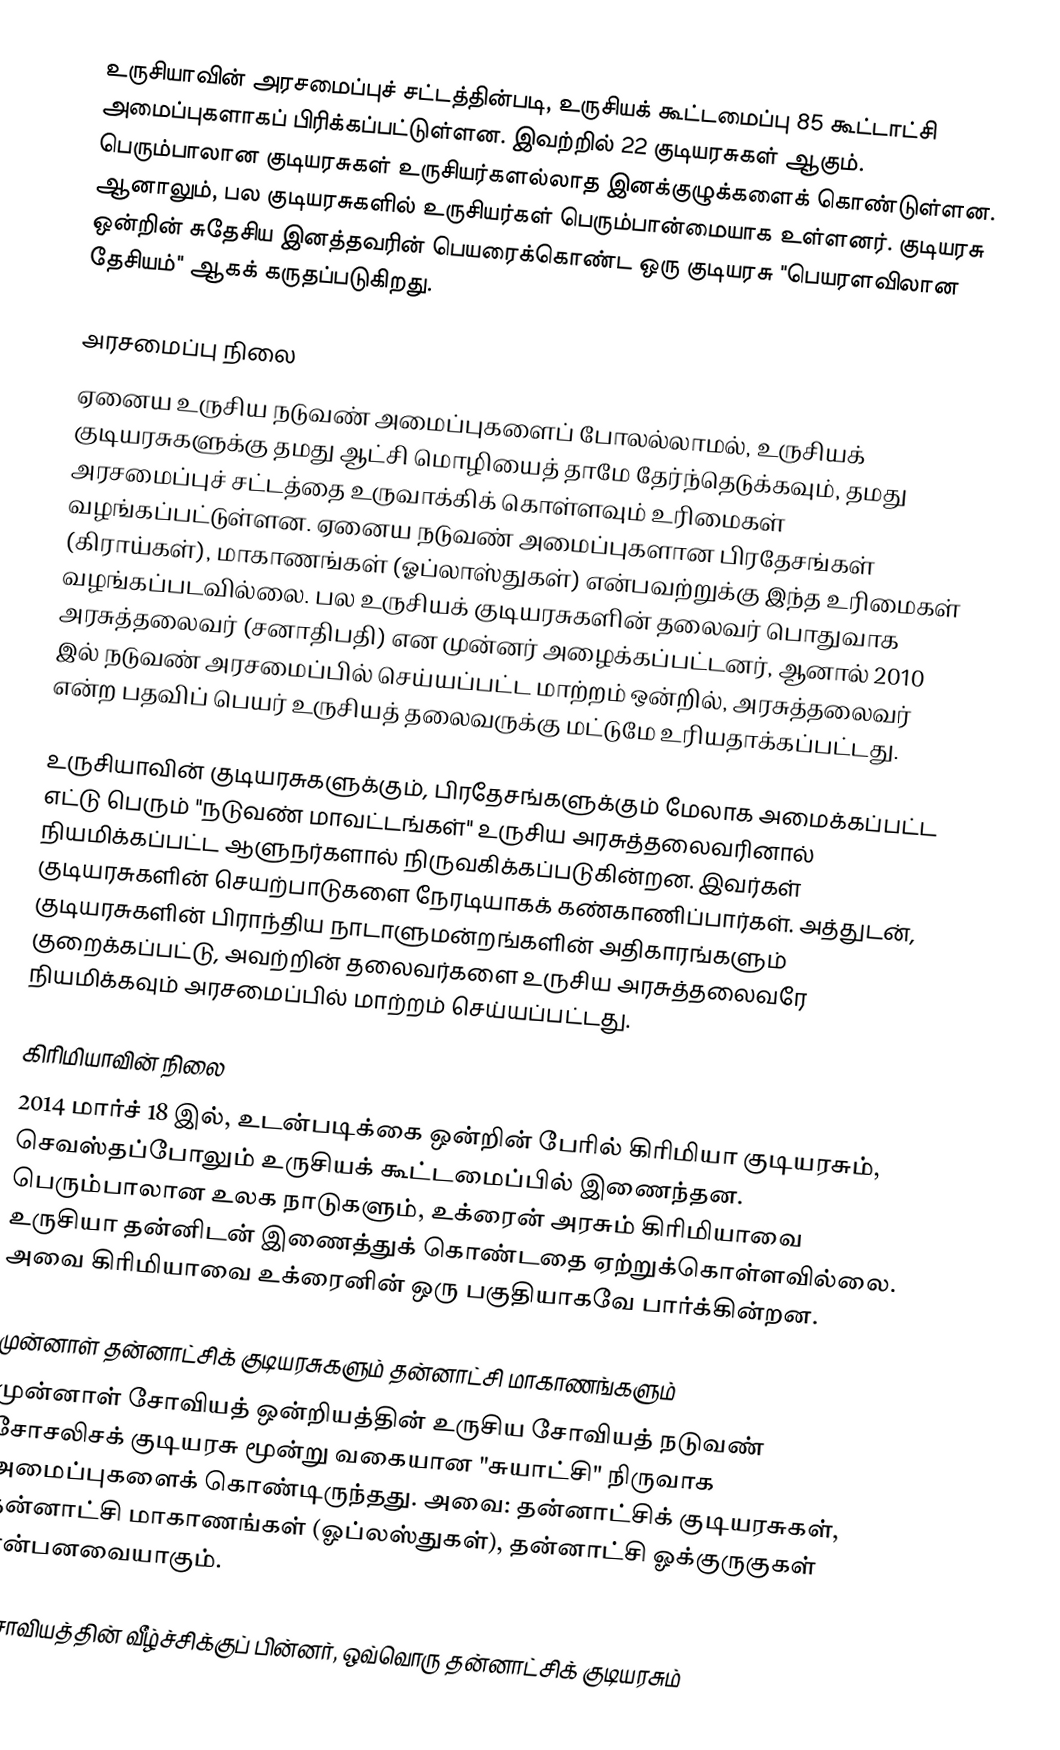
உருசியாவின் அரசமைப்புச் சட்டத்தின்படி, உருசியக் கூட்டமைப்பு 85 கூட்டாட்சி அமைப்புகளாகப் பிரிக்கப்பட்டுள்ளன. இவற்றில் 22 குடியரசுகள் ஆகும். பெரும்பாலான குடியரசுகள் உருசியர்களல்லாத இனக்குழுக்களைக் கொண்டுள்ளன. ஆனாலும், பல குடியரசுகளில் உருசியர்கள் பெரும்பான்மையாக உள்ளனர். குடியரசு ஒன்றின் சுதேசிய இனத்தவரின் பெயரைக்கொண்ட ஒரு குடியரசு "பெயரளவிலான தேசியம்" ஆகக் கருதப்படுகிறது.

அரசமைப்பு நிலை
ஏனைய உருசிய நடுவண் அமைப்புகளைப் போலல்லாமல், உருசியக் குடியரசுகளுக்கு தமது ஆட்சி மொழியைத் தாமே தேர்ந்தெடுக்கவும், தமது அரசமைப்புச் சட்டத்தை உருவாக்கிக் கொள்ளவும் உரிமைகள் வழங்கப்பட்டுள்ளன. ஏனைய நடுவண் அமைப்புகளான பிரதேசங்கள் (கிராய்கள்), மாகாணங்கள் (ஓப்லாஸ்துகள்) என்பவற்றுக்கு இந்த உரிமைகள் வழங்கப்படவில்லை. பல உருசியக் குடியரசுகளின் தலைவர் பொதுவாக அரசுத்தலைவர் (சனாதிபதி) என முன்னர் அழைக்கப்பட்டனர், ஆனால் 2010 இல் நடுவண் அரசமைப்பில் செய்யப்பட்ட மாற்றம் ஒன்றில், அரசுத்தலைவர் என்ற பதவிப் பெயர் உருசியத் தலைவருக்கு மட்டுமே உரியதாக்கப்பட்டது.

உருசியாவின் குடியரசுகளுக்கும், பிரதேசங்களுக்கும் மேலாக அமைக்கப்பட்ட எட்டு பெரும் "நடுவண் மாவட்டங்கள்" உருசிய அரசுத்தலைவரினால் நியமிக்கப்பட்ட ஆளுநர்களால் நிருவகிக்கப்படுகின்றன. இவர்கள் குடியரசுகளின் செயற்பாடுகளை நேரடியாகக் கண்காணிப்பார்கள். அத்துடன், குடியரசுகளின் பிராந்திய நாடாளுமன்றங்களின் அதிகாரங்களும் குறைக்கப்பட்டு, அவற்றின் தலைவர்களை உருசிய அரசுத்தலைவரே நியமிக்கவும் அரசமைப்பில் மாற்றம் செய்யப்பட்டது.

கிரிமியாவின் நிலை
2014 மார்ச் 18 இல், உடன்படிக்கை ஒன்றின் பேரில் கிரிமியா குடியரசும், செவஸ்தப்போலும் உருசியக் கூட்டமைப்பில் இணைந்தன. பெரும்பாலான உலக நாடுகளும், உக்ரைன் அரசும் கிரிமியாவை உருசியா தன்னிடன் இணைத்துக் கொண்டதை ஏற்றுக்கொள்ளவில்லை. அவை கிரிமியாவை உக்ரைனின் ஒரு பகுதியாகவே பார்க்கின்றன.

முன்னாள் தன்னாட்சிக் குடியரசுகளும் தன்னாட்சி மாகாணங்களும்
முன்னாள் சோவியத் ஒன்றியத்தின் உருசிய சோவியத் நடுவண் சோசலிசக் குடியரசு மூன்று வகையான "சுயாட்சி" நிருவாக அமைப்புகளைக் கொண்டிருந்தது. அவை: தன்னாட்சிக் குடியரசுகள், தன்னாட்சி மாகாணங்கள் (ஓப்லஸ்துகள்), தன்னாட்சி ஓக்குருகுகள் என்பனவையாகும்.

சோவியத்தின் வீழ்ச்சிக்குப் பின்னர், ஒவ்வொரு தன்னாட்சிக் குடியரசும்